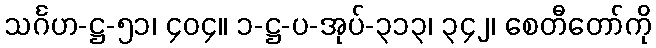
သင်္ဂဟ-ဋ္ဌ-၅၁၊ ၄၀၄။ ၁-ဋ္ဌ-ပ-အုပ်-၃၁၃၊ ၃၄၂၊ စေတီတော်ကို